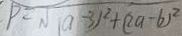
P = \sqrt { ( a - 3 ) ^ { 2 } + ( 2 a - b ) ^ { 2 } }